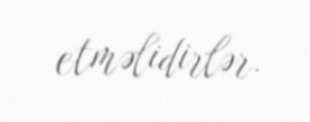
etməlidirlər.